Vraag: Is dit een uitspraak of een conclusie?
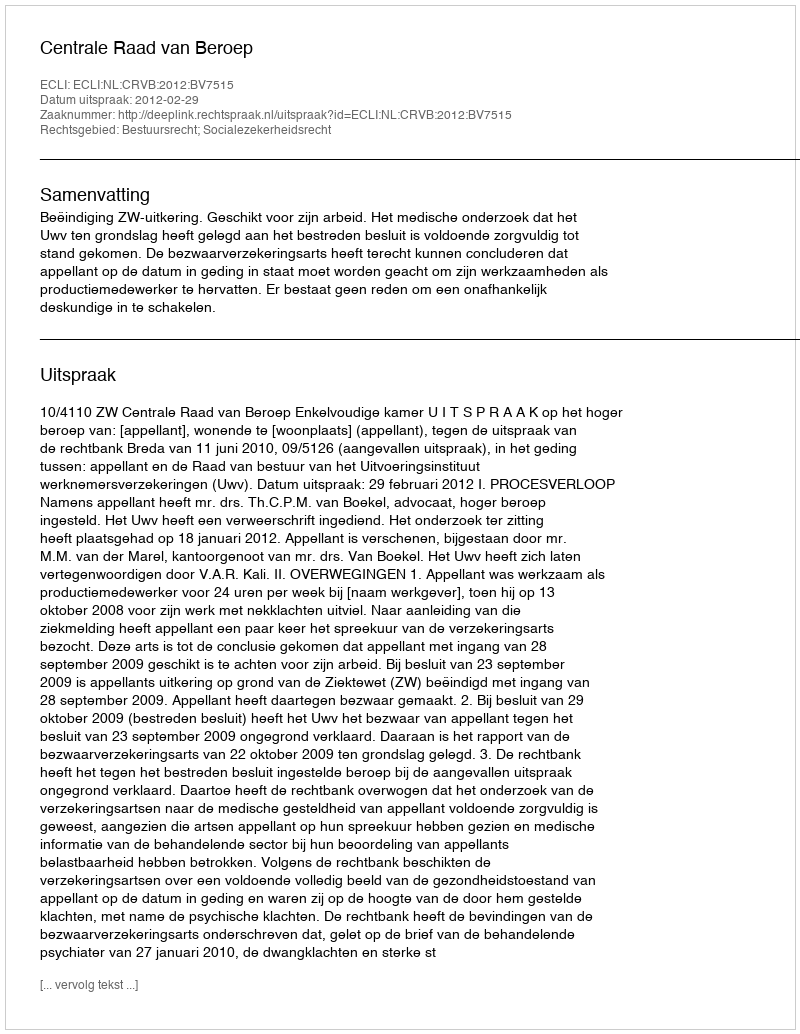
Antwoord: Uitspraak